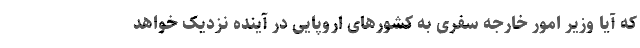
که آیا وزیر امور خارجه سفری به کشورهای اروپایی در آینده نزدیک خواهد